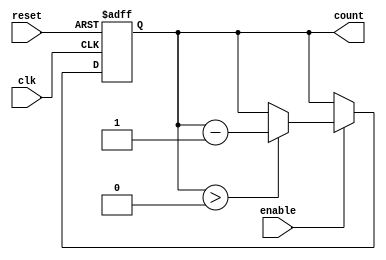
module down_counter #(
    parameter MAX_COUNT = 15  // You can set the maximum count value (0 to MAX_COUNT)
)(
    input wire clk,            // Clock signal
    input wire enable,         // Enable signal to decrement the counter
    input wire reset,          // Asynchronous reset signal
    output reg [clog2(MAX_COUNT + 1) - 1:0] count // Current counter value
);

// Function to calculate the log2 of a number
function integer clog2;
    input integer value;
    begin
        value = value - 1;
        for (clog2 = 0; value > 0; clog2 = clog2 + 1)
            value = value >> 1;
    end
endfunction

// Synchronous logic
always @(posedge clk or posedge reset) begin
    if (reset) begin
        // When reset is high, set count to MAX_COUNT
        count <= MAX_COUNT;
    end else if (enable) begin
        // When enabled, decrement the count if greater than 0
        if (count > 0) begin
            count <= count - 1;
        end
        // If count is 0, it stays at 0
    end
    // If enable is low, count remains unchanged
end

endmodule